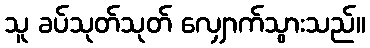
သူ ခပ်သုတ်သုတ် လျှောက်သွားသည်။